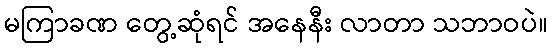
မကြာခဏ တွေ့ဆုံရင် အနေနီး လာတာ သဘာဝပဲ။